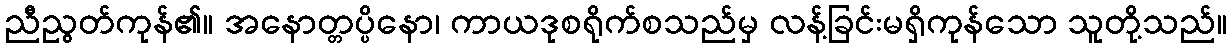
ညီညွတ်ကုန်၏။ အနောတ္တပ္ပိနော၊ ကာယဒုစရိုက်စသည်မှ လန့်ခြင်းမရှိကုန်သော သူတို့သည်။